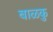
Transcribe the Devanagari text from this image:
बाळकु